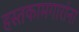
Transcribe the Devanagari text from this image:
हस्तकामगारांना